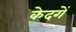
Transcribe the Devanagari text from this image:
केदगें